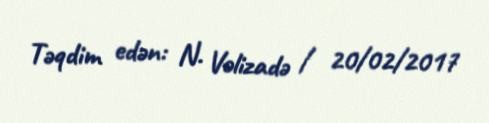
Təqdim edən: N. Vəlizadə / 20/02/2017